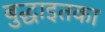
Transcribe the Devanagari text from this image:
बुद्धाइतका